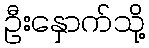
ဦးနှောက်သို့